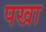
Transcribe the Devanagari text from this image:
पखा